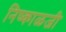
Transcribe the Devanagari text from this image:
निष्काळजी